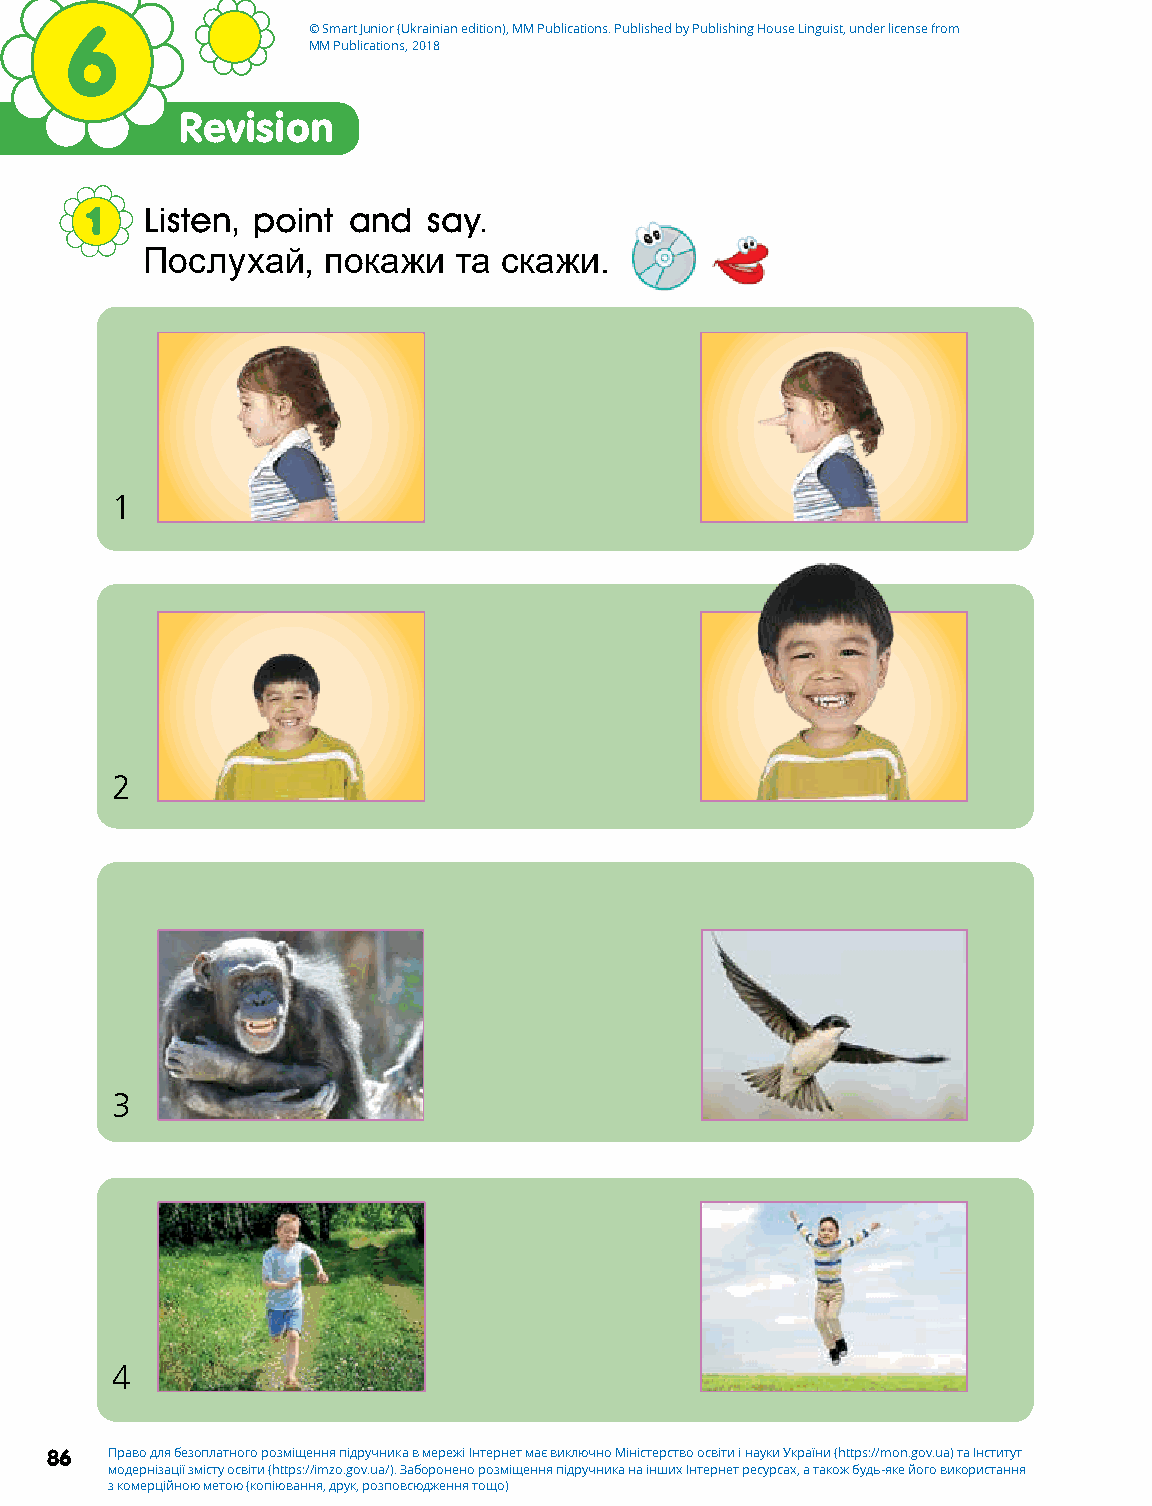
6               © Smart Junior (Ukrainian edition), MM Publications. Published by Publishing House Linguist, under license from
 MM Publications, 2018
 Revision
 1  Listen, point and  say.
 Послухай,   покажи   та скажи.
 1
 2
 3
 4
 86  Право для безоплатного розміщення підручника в мережі Інтернет має виключно Міністерство освіти і науки України (https://mon.gov.ua) та Інститут
 модернізації змісту освіти (https://imzo.gov.ua/). Заборонено розміщення підручника на інших Інтернет ресурсах, а також будь-яке його використання
 з комерційною метою (копіювання, друк, розповсюдження тощо)